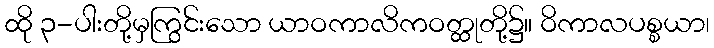
ထို ၃-ပါးတို့မှကြွင်းသော ယာဝကာလိကဝတ္ထုတို့၌။ ဝိကာလပစ္စယာ၊